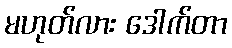
မဟုတ်လား ဒေါက်တာ